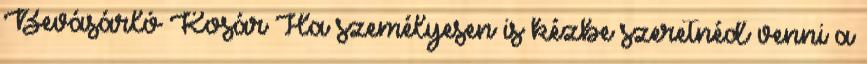
Bevásárló Kosár Ha személyesen is kézbe szeretnéd venni a